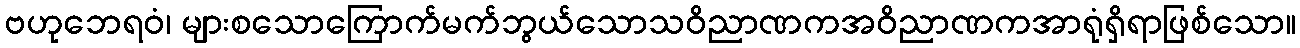
ဗဟုဘေရဝံ၊ များစသောကြောက်မက်ဘွယ်သောသဝိညာဏကအဝိညာဏကအာရုံရှိရာဖြစ်သော။